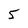
Character: 5